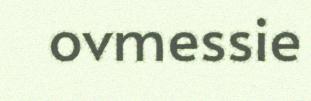
ovmessie